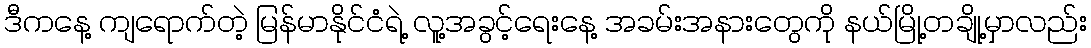
ဒီကနေ့ ကျရောက်တဲ့ မြန်မာနိုင်ငံရဲ့ လူ့အခွင့်ရေးနေ့ အခမ်းအနားတွေကို နယ်မြို့တချို့မှာလည်း